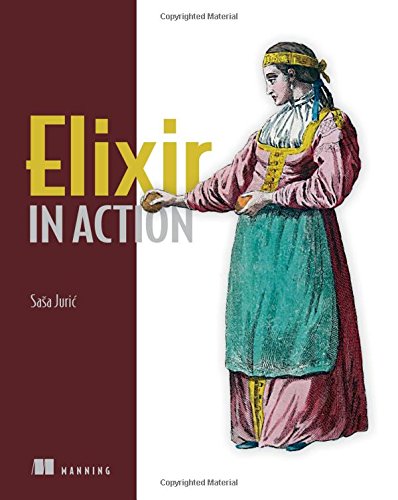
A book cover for Elixir in Action; SaÅ¡a Juri&cacute;; Computers & Technology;